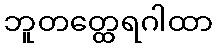
ဘူတတ္ထေရဂါထာ